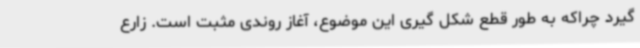
گیرد چراکه به طور قطع شکل گیری این موضوع، آغاز روندی مثبت است. زارع